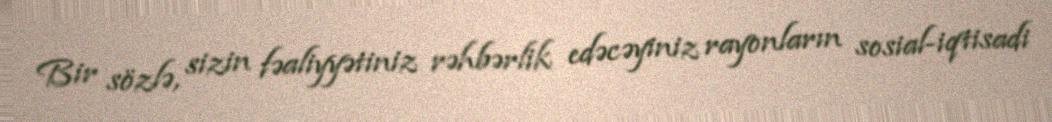
Bir sözlə, sizin fəaliyyətiniz rəhbərlik edəcəyiniz rayonların sosial-iqtisadi